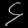
Digit: ၄